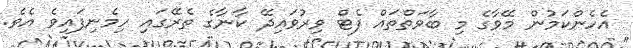
އެހެންކަމުން މޭވާގެ މި ބާވަތްތައް ފެޓް ވިރުވައިދޭ ކާނާގެ ތެރޭގައި ހިމެނިފައިވެ އެވެ.